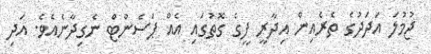
ޖުމުލަ އަދަދުގެ ތެރެއިން އިދާރީ ފީގެ ގޮތުގައި އެއް ޕަސެންޓް ނެގިދާނެއެވެ. އަދި